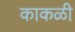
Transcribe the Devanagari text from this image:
काकळी